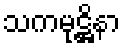
သကမုဋ္ဌိနာ